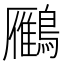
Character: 𪆒